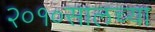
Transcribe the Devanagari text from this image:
२०१०सालच्या